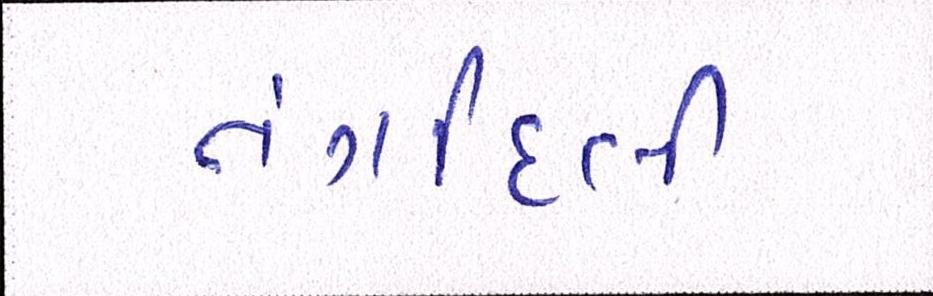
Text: તંગદિલી